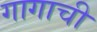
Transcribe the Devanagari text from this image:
गागाची